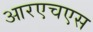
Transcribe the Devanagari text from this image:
आरएचएस